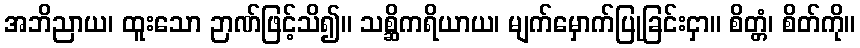
အဘိညာယ၊ ထူးသော ဉာဏ်ဖြင့်သိ၍။ သစ္ဆိကရိယာယ၊ မျက်မှောက်ပြုခြင်းငှာ။ စိတ္တံ၊ စိတ်ကို။